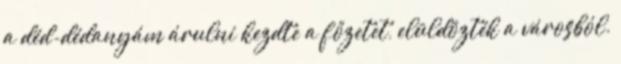
a déd-dédanyám árulni kezdte a főzetet, elüldözték a városból.